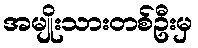
အမျိုးသားတစ်ဦးမှ